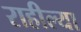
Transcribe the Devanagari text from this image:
राहील्या